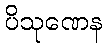
ပိသုဏေန